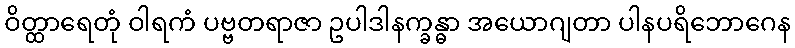
ဝိတ္ထာရေတုံ ဝါရကံ ပဗ္ဗတရာဇာ ဥပါဒါနက္ခန္ဓာ အယောဂျတာ ပါနပရိဘောဂေန